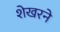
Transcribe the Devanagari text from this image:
शेखरने